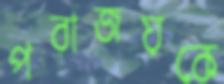
পরাজয়কে